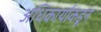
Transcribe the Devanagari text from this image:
अधिकार्याकडून